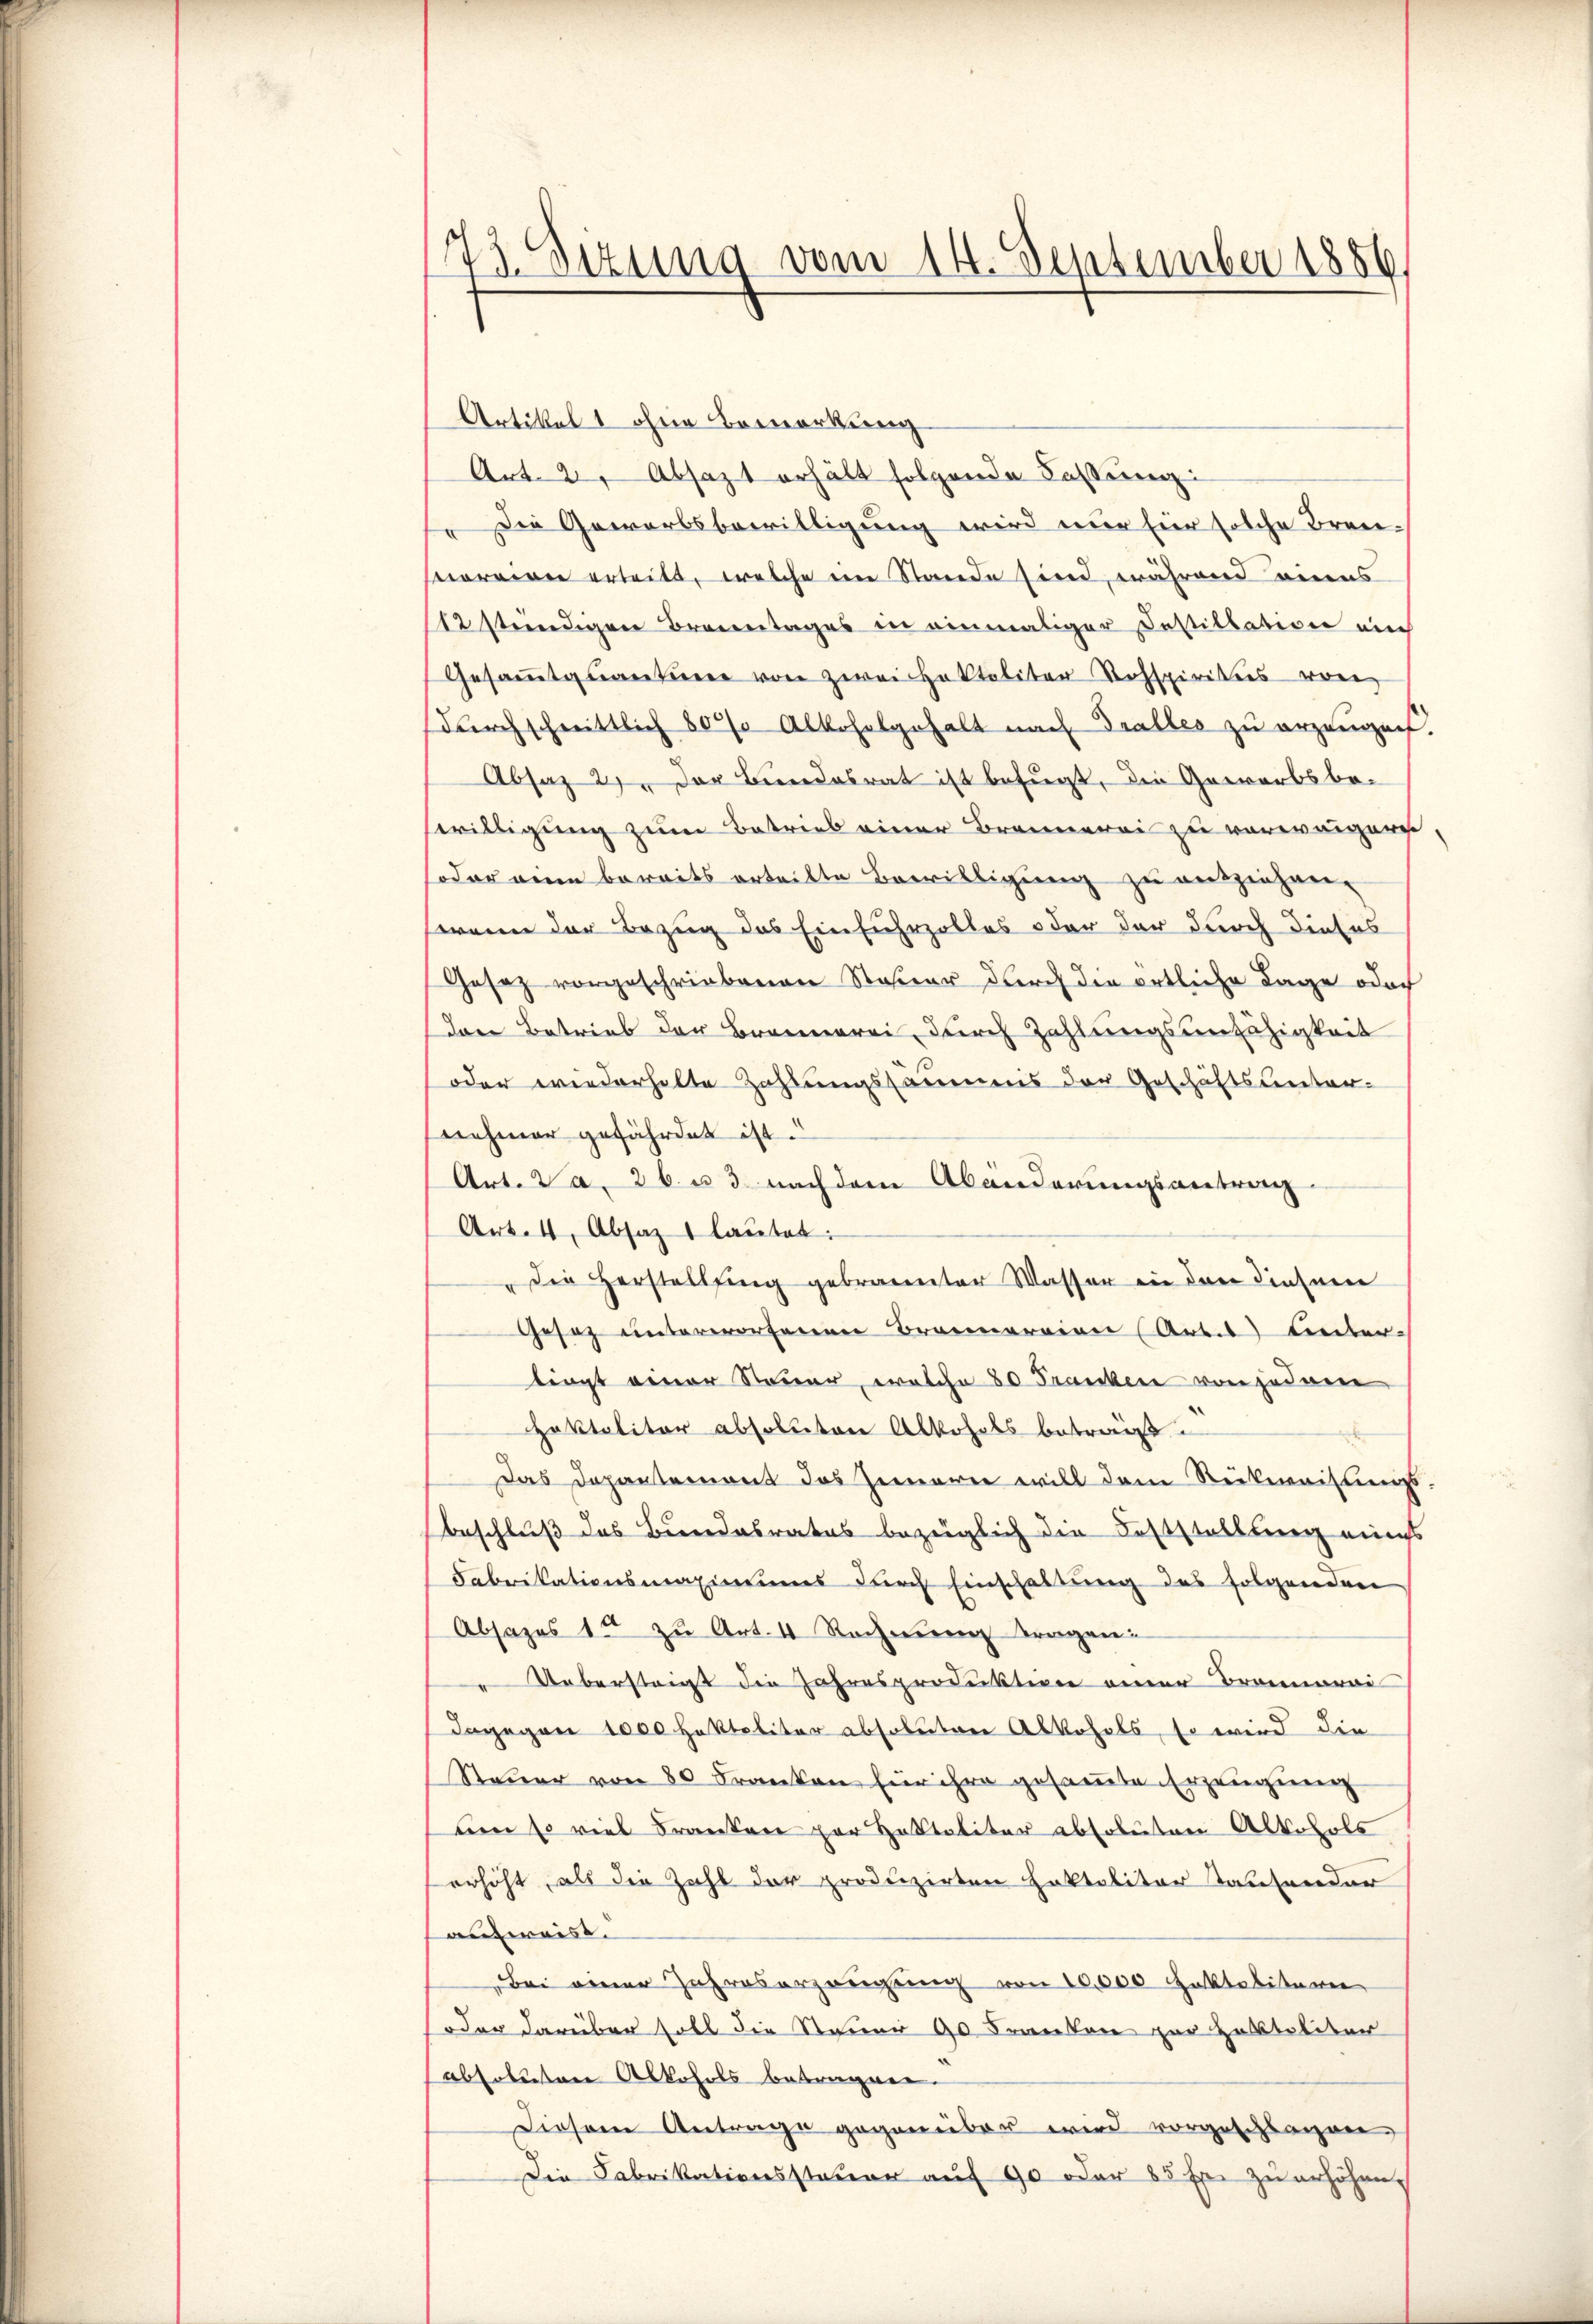
73. Sizung vom 14. September 1856.

Artikel 1 ohne Bemerkung
Art. 2, Absazt erhält folgende Fassung:
 Die Gewerbsbewilligung wird nur für solche Brenhreiben erteilt, welche im Stande sind, während eines
12 stündigen Brementages in einmaliger Destillation auch
Gesaṁtquantine von zwei Haktaliter Rohspirities von
dŭrchschnittlich 80% Alkoholgehalt nach Tralles zu erzeugnis.
Absaz 21. Der Bundesrat ist befugt, die Gewerbsbe-
willigung zum Betrieb einer Brennerei zu verweigern,
soder eine bereits erteilte Bewilligung zu ausziehen-
wenn der Bezug das Einfuhrzolles oder der durch dieses
Gesetz vorgeschriebenen Statier durch die örtliche Lage odoch
Den Betrieb der Brennerei, durch Zahlungsunfähigkeit
oder wiederholte Zahlungssäumnis der Geschäftsunter-
nehmer gefährdet ist.
Art. Da, 26 u. 3 nach dem Abänderungsantrag
Art. 4, Absaz 1 laŭtet:
Die Herstellfing gebrannter Wasser in den diesnere
Gesetz unterworfenen Brannereien Arbes Lieber-
liegt einer Steuer, welche 80 Franken von jedem
Hoktaliter absoluten Alkohols betrauß
Das Departemont das Gemarie will dem Rückweistungsbeschluß das Bundesrates bezüglich die Feststellung eines
Fabrikationsmaximums durch Einschaltung des folgenden
Absages 14 zu Art. 4 Rechnen tragen:
" Uebersteigt die Jahresproduktion einer Braunerai
dagegen 1000 Hokteliter absoluten Abkohals, so wird die
Steuer von 80 Franken für ihre gesammte Erzeugung
um so viel Franken par Haltaliter absoluten Alkohols
erhöht, als die Zahl der produzirten Faktalitär tausender
aufweist.
Bei einer Jahreserzeugung von 10,000 Faktalitarie
oder darüber soll die Steuer 90 Franken zur Habtilitär
absolutere Alkohols betragnen.
Diesem Antrage gegenüber wird vorgeschlagen,
Die Fabrikationssteuer auf 90 oder 85 für zu erhöhen.